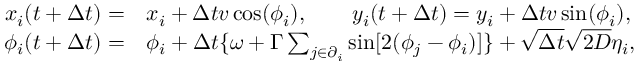
\begin{array} { r l } { x _ { i } ( t + \Delta t ) = } & { { } x _ { i } + \Delta t v \cos ( \phi _ { i } ) , \qquad y _ { i } ( t + \Delta t ) = y _ { i } + \Delta t v \sin ( \phi _ { i } ) , } \\ { \phi _ { i } ( t + \Delta t ) = } & { { } \phi _ { i } + \Delta t \{ \omega + \Gamma \sum _ { j \in \partial _ { i } } \sin [ 2 ( \phi _ { j } - \phi _ { i } ) ] \} + \sqrt { \Delta t } \sqrt { 2 D } \eta _ { i } , } \end{array}